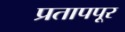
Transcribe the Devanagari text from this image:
प्रतापपूर